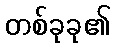
တစ်ခုခု၏